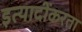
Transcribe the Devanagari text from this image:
इत्यादींकरता